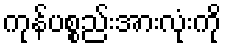
ကုန်ပစ္စည်းအားလုံးကို